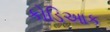
કોડિઆક